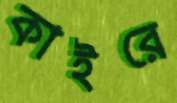
কাইরে